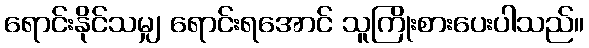
ရောင်းနိုင်သမျှ ရောင်းရအောင် သူကြိုးစားပေးပါသည်။